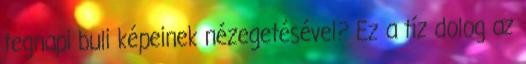
tegnapi buli képeinek nézegetésével? Ez a tíz dolog az